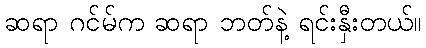
ဆရာ ဂင်မ်က ဆရာ ဘတ်နဲ့ ရင်းနှီးတယ်။